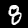
Label: 8